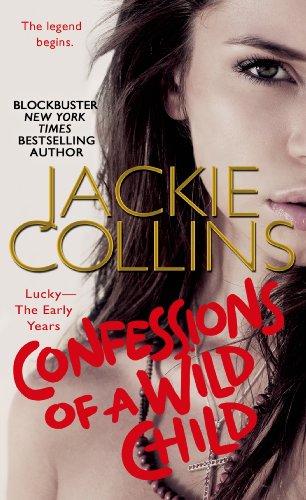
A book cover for Confessions of a Wild Child (Lucky: the Early Years); Jackie Collins; Literature & Fiction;